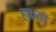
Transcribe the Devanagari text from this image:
हफ़ता